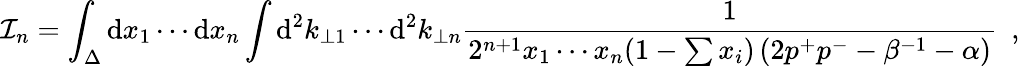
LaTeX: {\cal I}_{n}=\int_{\Delta}\mathrm{d}x_{1}\cdots\mathrm{d}x_{n}\int\mathrm{d}^{2}k_{\perp 1}\cdots\mathrm{d}^{2}k_{\perp n}{\frac{1}{2^{n+1}x_{1}\cdots x_{n}(1-\sum x_{i})\left(2p^{+}p^{-}-\beta^{-1}-\alpha\right)}}\ \ ,